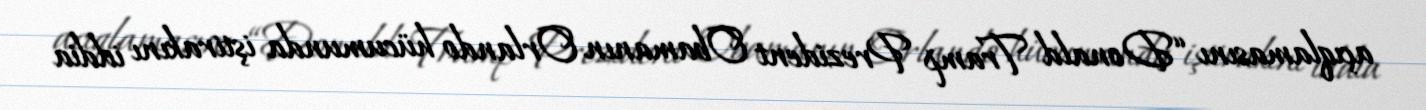
açıqlamasını “Donald Tramp Prezident Obamanın Orlando hücumunda iştirakını iddia